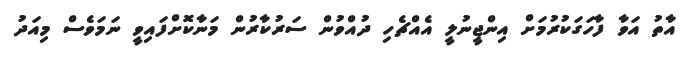
އާތު އަވާ ފާހަގަކުރުމަށް އިންޖީނުލީ އެއްޗެހި ދުއްވުން ސަރުކާރުން މަނާކޮށްފައިވީ ނަމަވެސް މިއަދު